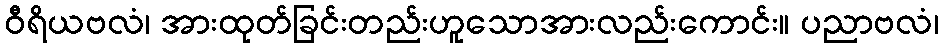
ဝီရိယဗလံ၊ အားထုတ်ခြင်းတည်းဟူသောအားလည်းကောင်း။ ပညာဗလံ၊